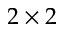
2 \times 2